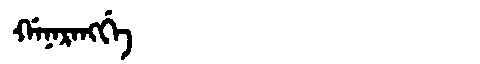
Manchu: ᡤᠠᠨᠠᡵᠠᠩᡤᡝ
Romanization: GANARANGGE